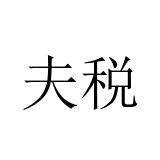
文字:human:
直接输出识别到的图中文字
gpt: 夫税